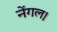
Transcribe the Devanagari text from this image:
नेंगल।